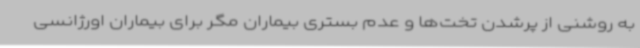
به روشنی از پرشدن تخت‌ها و عدم بستری بیماران مگر برای بیماران اورژانسی